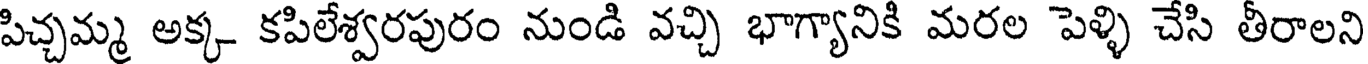
పిచ్చమ్మ అక్క కపిలేశ్వరపురం నుండి వచ్చి భాగ్యానికి మరల పెళ్ళి చేసి తీరాలని